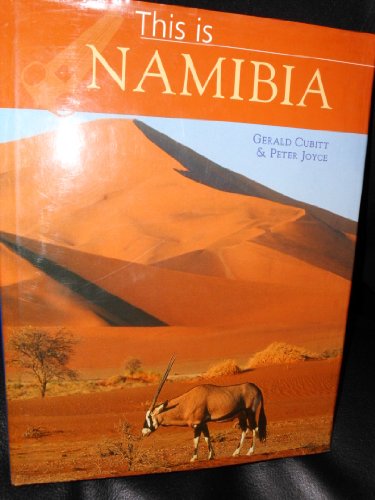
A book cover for This is Namibia; Peter Joyce; Travel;